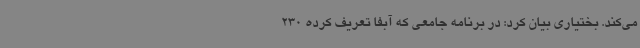
می‌کند. بختیاری بیان کرد: در برنامه جامعی که آبفا تعریف کرده 230